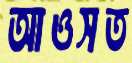
আওসত